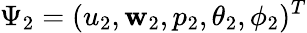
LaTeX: \Psi_{2}=(u_{2},\mathbf{w}_{2},p_{2},\theta_{2},\phi_{2})^{T}